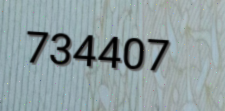
734407